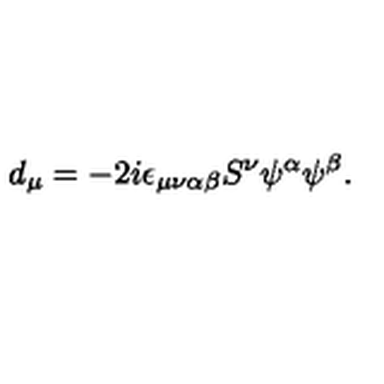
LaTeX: d _ { \mu } = - 2 i \epsilon _ { \mu \nu \alpha \beta } S ^ { \nu } \psi ^ { \alpha } \psi ^ { \beta } .